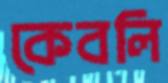
কেবলি